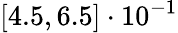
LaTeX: [4.5,6.5]\cdot 10^{-1}